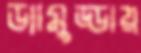
ড্যামুড্ডায়